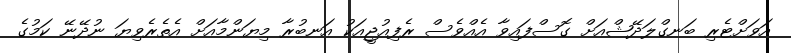
އަވަށްޓެރި ބަނގްލަދޭޝްއަށް ގޮސްފައިވާ އެއްވެސް ރެފިއުޖީއަކު އަނބުރާ މިޔަންމާއަށް އެތެރެވިޔަ ނުދޭނޭ ކަމުގެ